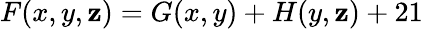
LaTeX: F(x,y,\mathbf{z})=G(x,y)+H(y,\mathbf{z})+21